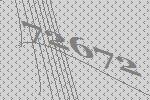
72672